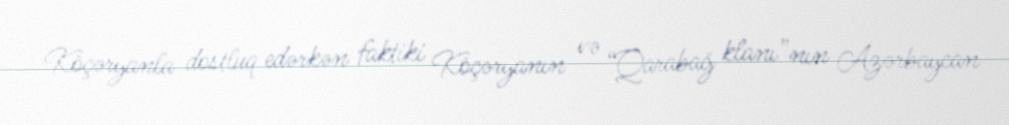
Köçəryanla dostluq edərkən faktiki Köçəryanın və “Qarabağ klanı”nın Azərbaycan